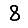
Digit: 8